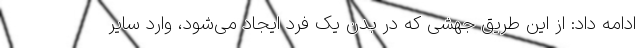
ادامه داد: از این طریق جهشی که در بدن یک فرد ایجاد می‌شود، وارد سایر